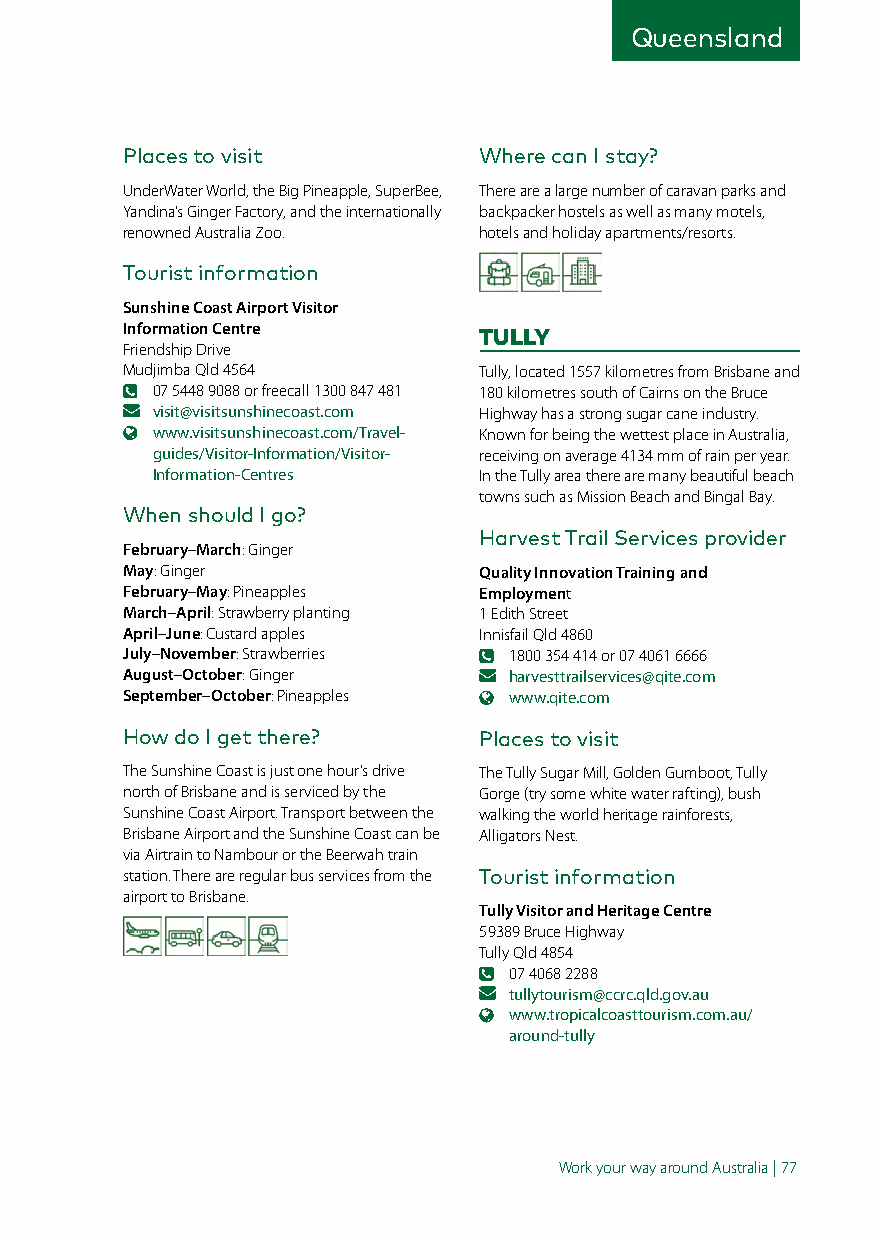
Queensland
 Places to visit         Where can I stay?
 UnderWater World, the Big Pineapple, SuperBee, There are a large number of caravan parks and
 Yandina’s Ginger Factory, and the internationally backpacker hostels as well as many motels,
 renowned Australia Zoo. hotels and holiday apartments/resorts.
 Tourist information
 Sunshine Coast Airport Visitor
 Information Centre      TULLY
 Friendship Drive
 Mudjimba Qld 4564       Tully, located 1557 kilometres from Brisbane and
 07 5448 9088 or freecall 1300 847 481 180 kilometres south of Cairns on the Bruce
 visit@visitsunshinecoast.com Highway has a strong sugar cane industry.
 www.visitsunshinecoast.com/Travel- Known for being the wettest place in Australia,
 guides/Visitor-Information/Visitor- receiving on average 4134 mm of rain per year.
 Information-Centres   In the Tully area there are many beautiful beach
 towns such as Mission Beach and Bingal Bay.
 When should I go?
 Harvest Trail Services provider
 February–March: Ginger
 May: Ginger             Quality Innovation Training and
 February–May: Pineapples Employment
 March–April: Strawberry planting 1 Edith Street
 April–June: Custard apples Innisfail Qld 4860
 July–November: Strawberries 1800 354 414 or 07 4061 6666
 August–October: Ginger    harvesttrailservices@qite.com
 September–October: Pineapples www.qite.com
 How do I get there?     Places to visit
 The Sunshine Coast is just one hour’s drive The Tully Sugar Mill, Golden Gumboot, Tully
 north of Brisbane and is serviced by the Gorge (try some white water rafting), bush
 Sunshine Coast Airport. Transport between the walking the world heritage rainforests,
 Brisbane Airport and the Sunshine Coast can be Alligators Nest.
 via Airtrain to Nambour or the Beerwah train
 station. There are regular bus services from the Tourist information
 airport to Brisbane.
 Tully Visitor and Heritage Centre
 59389 Bruce Highway
 Tully Qld 4854
 07 4068 2288
 tullytourism@ccrc.qld.gov.au
 www.tropicalcoasttourism.com.au/
 around-tully
 Work your way around Australia | 77